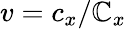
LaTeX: v=c_{x}/\mathbb{C}_{x}